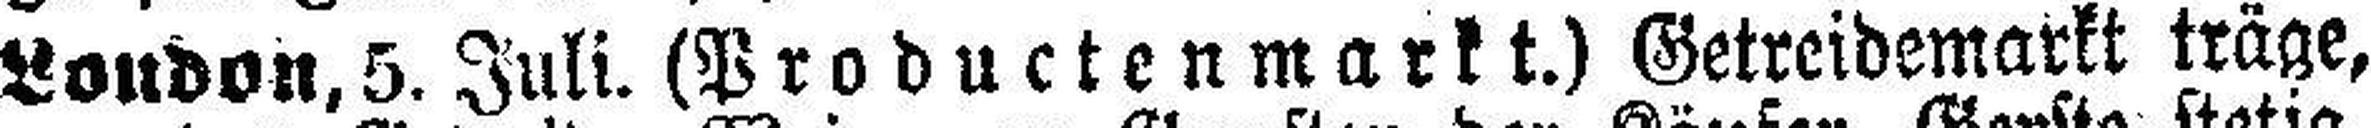
London, 5. Juli. (Productenmarkt.) Getrcidemarkt träge,